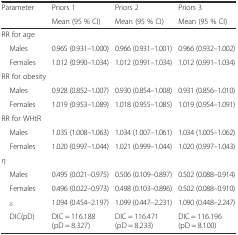
<table><thead><tr><td rowspan="2"><b>Parameter</b></td><td><b>Priors 1</b></td><td><b>Priors 2</b></td><td><b>Priors 3</b></td></tr><tr><td><b>Mean (95 % CI)</b></td><td><b>Mean (95 % CI)</b></td><td><b>Mean (95 % CI)</b></td></tr></thead><tbody><tr><td>RR for age</td><td></td><td></td><td></td></tr><tr><td> Males</td><td>0.965 (0.931–1.000)</td><td>0.966 (0.931–1.001)</td><td>0.966 (0.932–1.002)</td></tr><tr><td> Females</td><td>1.012 (0.990–1.034)</td><td>1.012 (0.991–1.034)</td><td>1.012 (0.991–1.034)</td></tr><tr><td>RR for obesity</td><td></td><td></td><td></td></tr><tr><td> Males</td><td>0.928 (0.852–1.007)</td><td>0.930 (0.854–1.008)</td><td>0.931 (0.856–1.010)</td></tr><tr><td> Females</td><td>1.019 (0.953–1.089)</td><td>1.018 (0.955–1.085)</td><td>1.019 (0.954–1.091)</td></tr><tr><td>RR for WHtR</td><td></td><td></td><td></td></tr><tr><td> Males</td><td>1.035 (1.008–1.063)</td><td>1.034 (1.007–1.061)</td><td>1.034 (1.005–1.062)</td></tr><tr><td> Females</td><td>1.020 (0.997–1.044)</td><td>1.021 (0.999–1.044)</td><td>1.020 (0.997–1.043)</td></tr><tr><td><i>η</i></td><td></td><td></td><td></td></tr><tr><td> Males</td><td>0.495 (0.021–0.975)</td><td>0.506 (0.109–0.897)</td><td>0.502 (0.088–0.914)</td></tr><tr><td> Females</td><td>0.496 (0.022–0.973)</td><td>0.498 (0.103–0.896)</td><td>0.502 (0.088–0.910)</td></tr><tr><td> <sub><i>δ</i></sub></td><td>1.094 (0.454–2.197)</td><td>1.099 (0.447–2.231)</td><td>1.090 (0.448–2.247)</td></tr><tr><td> DIC(pD)</td><td>DIC = 116.188 (pD = 8.327)</td><td>DIC = 116.471 (pD = 8.233)</td><td>DIC = 116.196 (pD = 8.100)</td></tr></tbody></table>